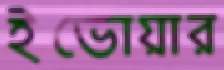
ইভোয়ার